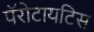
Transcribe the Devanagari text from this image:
पॅरोटायटिस